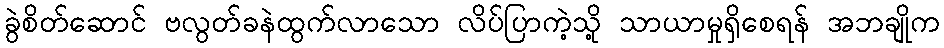
ခွဲစိတ်ဆောင် ဗလွတ်ခနဲထွက်လာသော လိပ်ပြာကဲ့သို့ သာယာမှုရှိစေရန် အဘချိုက